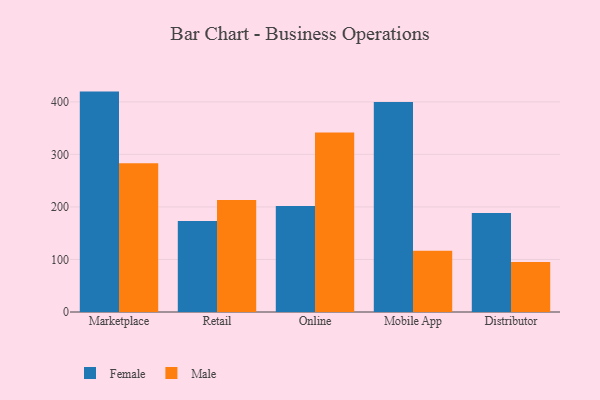
{"axis": {"x": "Channel", "y": "LTV (USD)"}, "legend": ["Female", "Male"], "data": [{"x": "Marketplace", "y": 419.5, "type": "Female"}, {"x": "Marketplace", "y": 283.0, "type": "Male"}, {"x": "Retail", "y": 173.2, "type": "Female"}, {"x": "Retail", "y": 213.0, "type": "Male"}, {"x": "Online", "y": 201.8, "type": "Female"}, {"x": "Online", "y": 341.8, "type": "Male"}, {"x": "Mobile App", "y": 399.7, "type": "Female"}, {"x": "Mobile App", "y": 116.8, "type": "Male"}, {"x": "Distributor", "y": 188.6, "type": "Female"}, {"x": "Distributor", "y": 95.2, "type": "Male"}]}